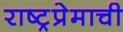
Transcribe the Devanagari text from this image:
राष्ट्रप्रेमाची